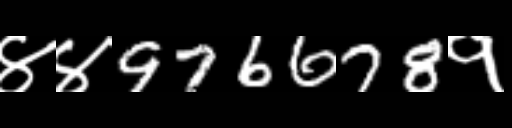
Text: ४४976678१